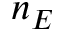
n _ { E }